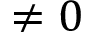
\neq 0